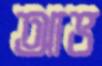
আভ